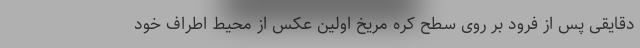
دقایقی پس از فرود بر روی سطح کره مریخ اولین عکس از محیط اطراف خود